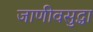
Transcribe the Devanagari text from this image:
जाणीवसुद्धा